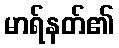
မာရ်နတ်၏